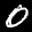
Label: 0